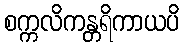
စက္ကလိကန္တရိကာယပိ